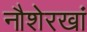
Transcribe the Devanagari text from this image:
नौशेरखां